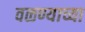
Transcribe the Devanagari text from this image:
वळण्याच्या